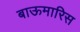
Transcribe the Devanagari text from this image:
बाऊमारिस